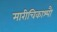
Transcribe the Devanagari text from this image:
मारीचिकाश्पौ